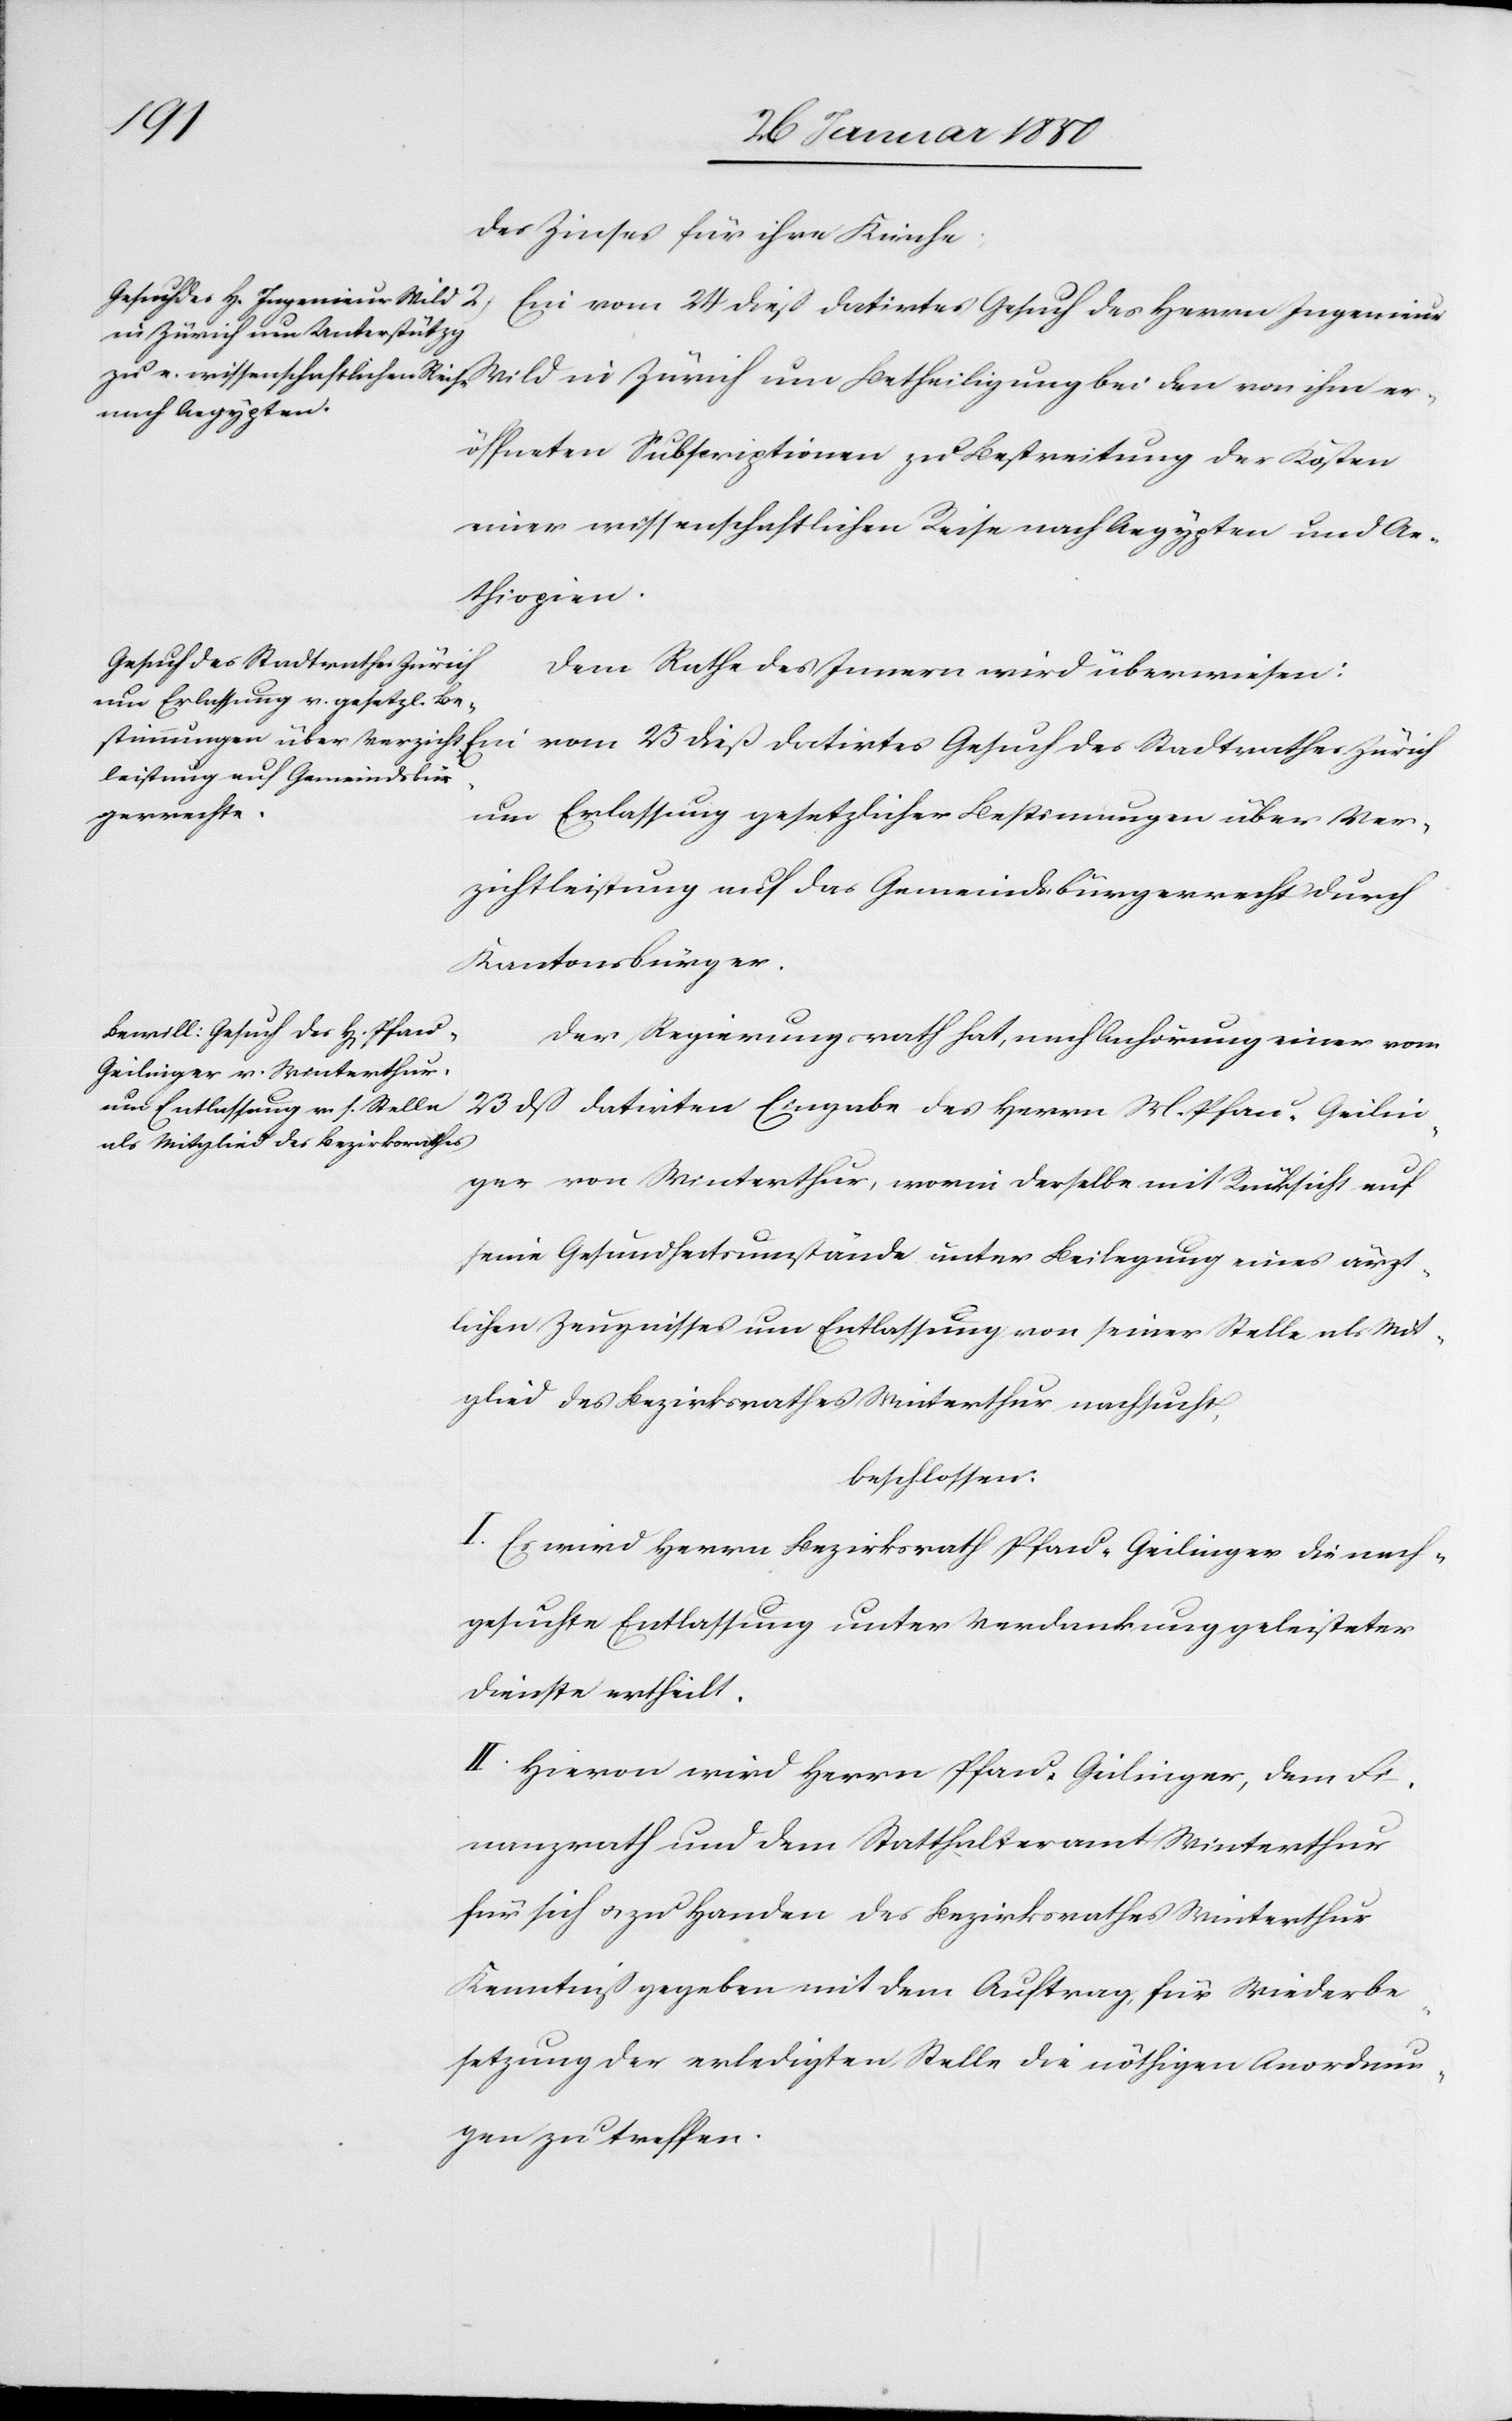
des Zinses für ihre Kirche.
eröffneten Subscriptionen zu Bestreitung der Kosten
einer wissenschaftlichen Reise nach Aegypten und Ae¬
thiopien.
Gesuch des Stadtrathes Zürich
Dem Rathe des Innern wird überwiesen:
um Erlassung gesetzlicher Bestimmungen über Ver¬
zichtleistung auf das Gemeindsbürgerrecht durch
Kantonsbürger.
Der Regierungsrath hat, nach Anhörung einer vom
23 dß datirten Eingabe des Herrn M. Pfau-Geilin¬
ger von Winterthur, worin derselbe mit Rücksicht auf
seine Gesundheitsumstände unter Beilegung eines ärzt¬
lichen Zeugnisses um Entlassung von seiner Stelle als Mit¬
glied des Bezirksrathes Winterthur nachsucht,
beschlossen:
I. Es wird Herrn Bezirksrath Pfau-Geilinger die nach¬
gesuchte Entlassung unter Verdankung geleisteter
Dienste ertheilt.
II. Hievon wird Herrn Pfau-Geilinger, dem Fi¬
nanzrath und dem Statthalteramt Winterthur
für sich u. zu Handen des Bezirksrathes Winterthur
Kenntniß gegeben mit dem Auftrag, für Wiederbe¬
setzung der erledigten Stelle die nöthigen Anordnun¬
gen zu treffen.